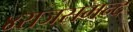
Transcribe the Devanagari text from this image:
४राजसमन्द